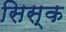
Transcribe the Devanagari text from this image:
सिस्क